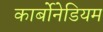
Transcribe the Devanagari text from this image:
कार्बोनेडियम